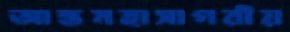
আন্তমহাসাগরীয়